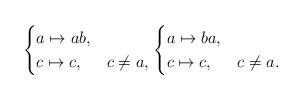
LaTeX: \begin{align*}\begin{cases}a \mapsto ab, \\c \mapsto c, & c \neq a,\end{cases} \begin{cases}a \mapsto ba, \\c \mapsto c, & c \neq a.\end{cases}\end{align*}